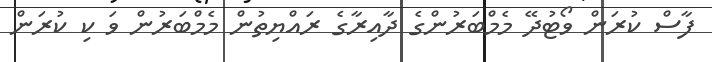
ފާސް ކުރަން ވޯޓުދޭ މެމްބަރުންގެ ދާއިރާގެ ރައްޔިތުން މެމްބަރުން ވަ ކި ކުރަން